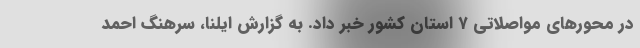
در محورهای مواصلاتی ۷ استان کشور خبر داد. به گزارش ایلنا، سرهنگ احمد